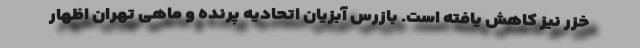
خزر نیز کاهش یافته است. بازرس آبزیان اتحادیه پرنده و ماهی تهران اظهار